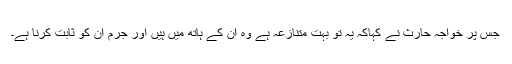
جس پر خواجہ حارث نے کہاکہ یہ تو بہت متنازعہ ہے وہ ان کے ہاتھ میں ہیں اور جرم ان کو ثابت کرنا ہے۔